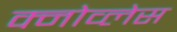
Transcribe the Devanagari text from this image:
क्नोव्लेस